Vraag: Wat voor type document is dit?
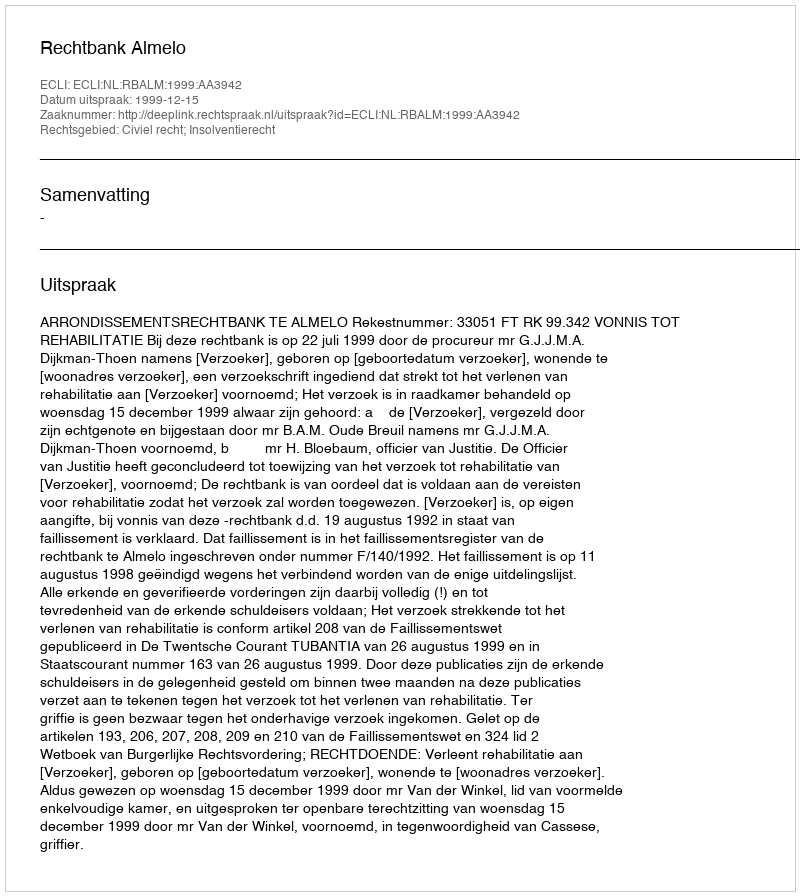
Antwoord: Uitspraak